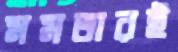
মমতারই